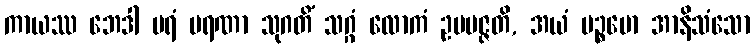
ကာယဿ ဘေဒါ ပရံ မရဏာ သုဂတိံ သဂ္ဂံ လောကံ ဥပပဇ္ဇတိ, အယံ ပဉ္စမော အာနိသံသော